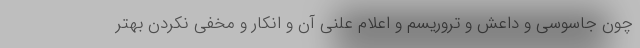
چون جاسوسی و داعش و تروریسم و اعلام علنی آن و انکار و مخفی نکردن بهتر